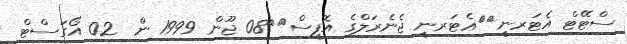
ސްޓޭޓް އެޓަރނީ		ޢެޓަރނީ ޖެނެރަލްގެ އޮފީސް		08 ޖޫން 1999 ން  02 އޯގަސްޓް